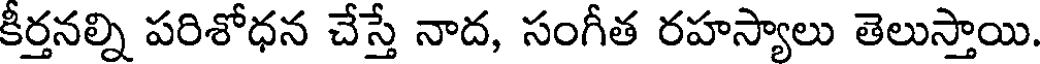
కీర్తనల్ని పరిశోధన చేస్తే నాద, సంగీత రహస్యాలు తెలుస్తాయి